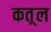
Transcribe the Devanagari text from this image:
कत़्ल